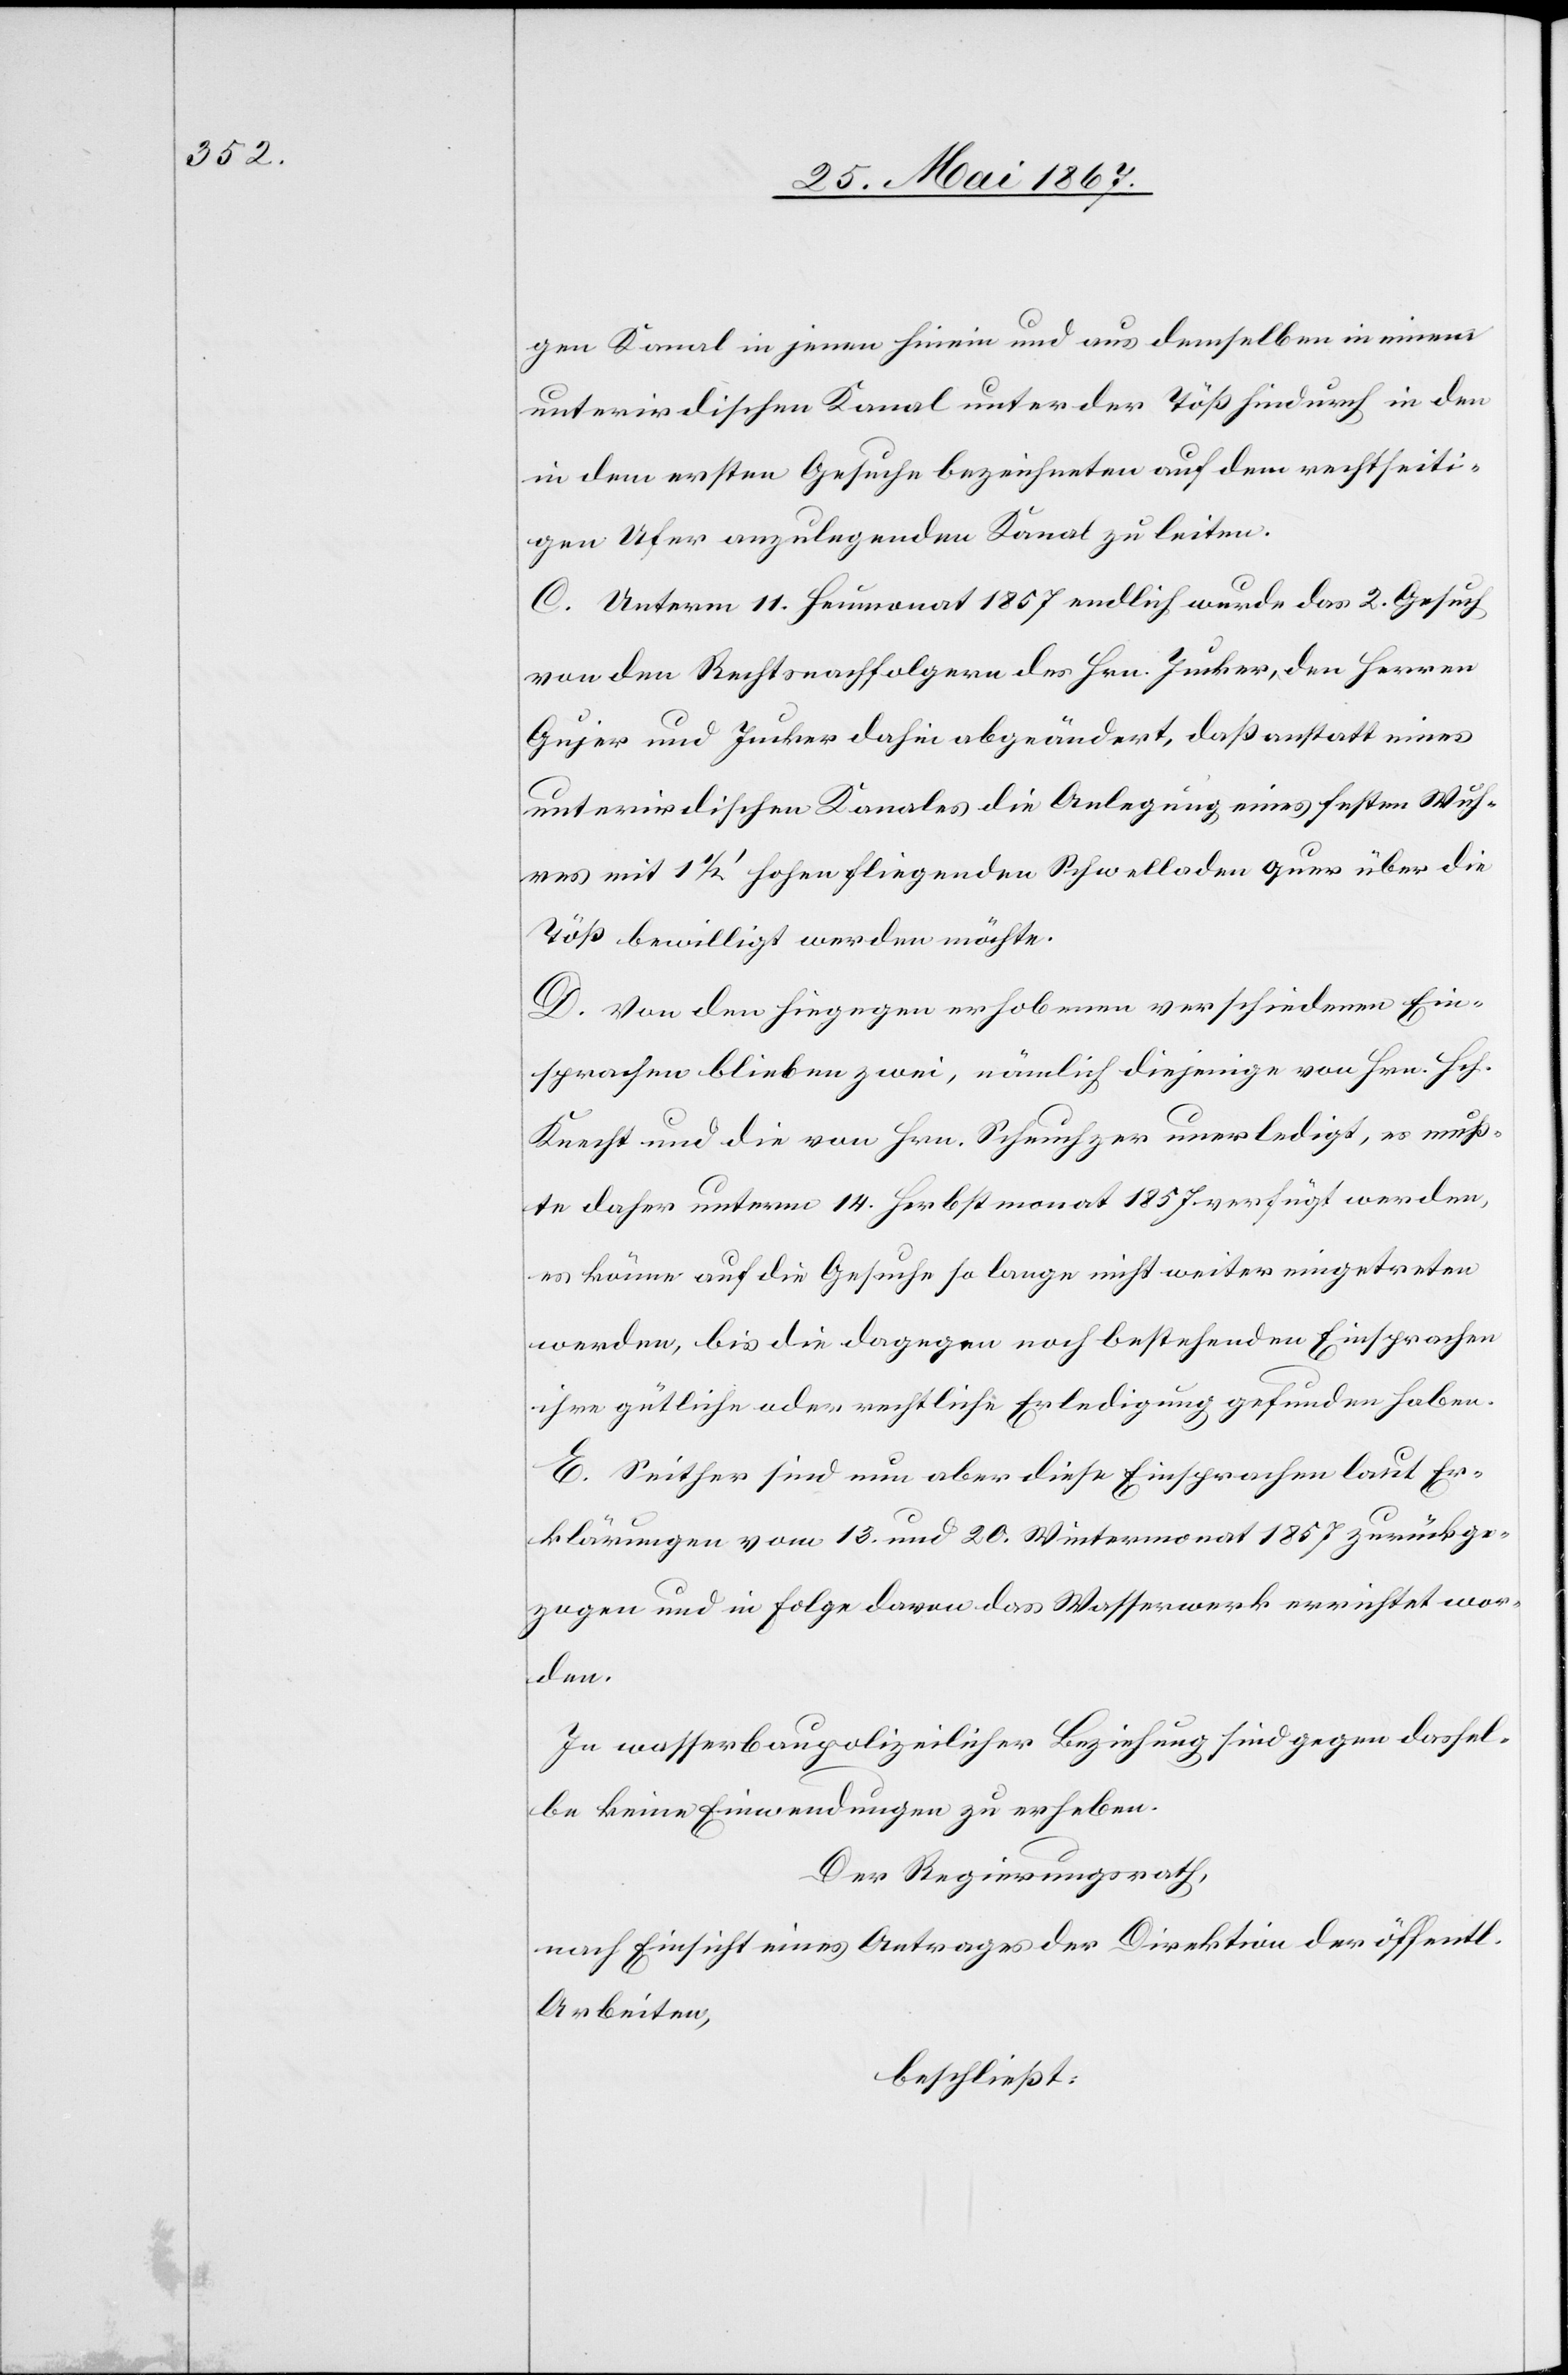
gen Kanal in jenen hinein und aus demselben in einem
unterirdischen Kanal unter der Töß hindurch in den
in dem ersten Gesuche bezeichneten auf dem rechtseiti¬
gen Ufer anzulegenden Kanal zu leiten.
C. Unterm 11. Heumonat 1857 endlich wurde das 2. Gesuch
von den Rechtsnachfolgern des Hrn. Jucker, den Herren
Gujer und Jucker dahin abgeändert, daß anstatt eines
unterirdischen Kanales die Anlegung eines festen Wuh¬
res mit 11/2’ hohen fliegenden Schwelladen quer über die
Töß bewilligt werden möchte.
D. Von den hiegegen erhobenen verschiedenen Ein¬
sprachen blieben zwei, nämlich diejenige von Hrn. Hch.
Knecht und die von Hrn. Scheuchzer unerledigt, es muß¬
te daher unterm 14. Herbstmonat 1857 verfügt werden,
es könne auf die Gesuche so lange nicht weiter eingetreten
werden, bis die dagegen noch bestehenden Einsprachen
ihre gütliche oder rechtliche Erledigung gefunden haben.
E. Seither sind nun aber diese Einsprachen laut Er¬
klärungen vom 13. und 20. Wintermonat 1857 zurückge¬
zogen und in Folge deren das Wasserwerk errichtet wor¬
den.
In wasserbaupolizeilicher Beziehung sind gegen dassel¬
be keine Einwendungen zu erheben.
Der Regierungsrath,
nach Einsicht eines Antrages der Direktion der öffentl.
Arbeiten,
beschließt: